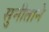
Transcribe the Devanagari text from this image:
सुनीताने